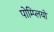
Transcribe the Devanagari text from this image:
पोम्प्लियो